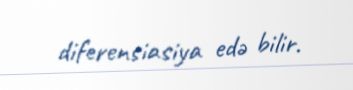
diferensiasiya edə bilir.